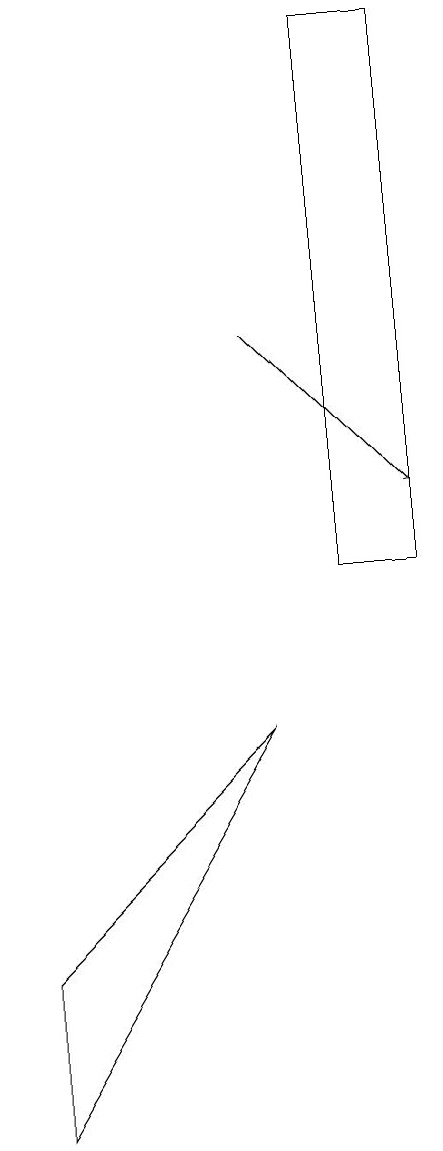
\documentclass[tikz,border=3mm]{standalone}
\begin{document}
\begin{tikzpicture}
\draw (9,17) rectangle (8,10);
\draw (4,5) -- (4,3) -- (7,8) -- cycle;
\draw[->] (7,13) -- (9,11);
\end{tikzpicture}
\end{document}